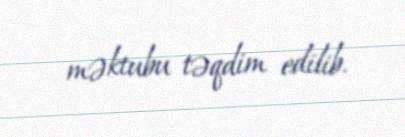
məktubu təqdim edilib.